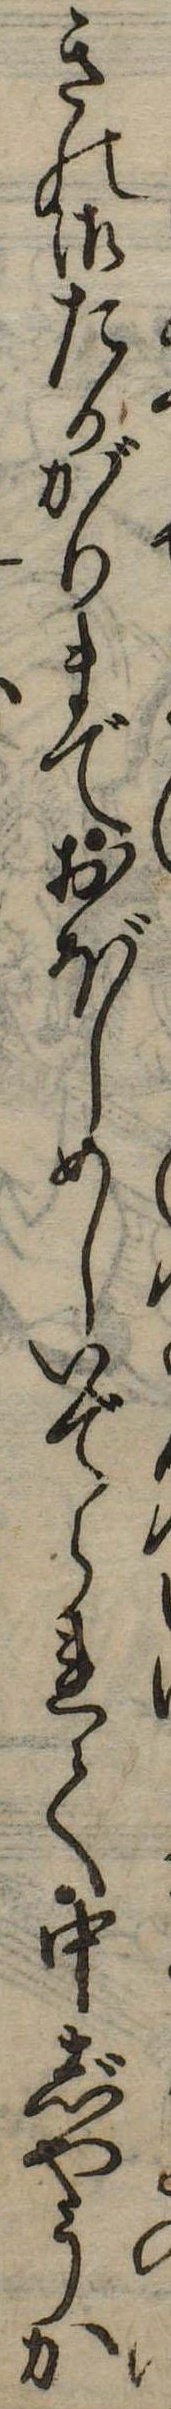
ゆきの御たかがりまでおぼしめしいでられて中じやうか